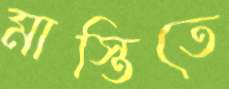
মাস্তিতে